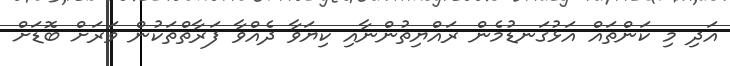
އަދި މި ކަންތައް އަޅުގަނޑުމެން ރައްޔިތުންނާއި ކިޔަވާ ދެއްވާ ފަރާތްތަކުން ވަރަށް ބޮޑަށް